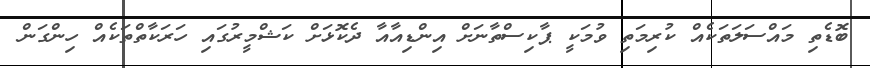
ބޮޑެތި މައްސަލަތަކެއް ކުރިމަތި ވުމަކީ ޕާކިސްތާނަށް އިންޑިއާއާ ދެކޮޅަށް ކަޝްމީރުގައި ހަރަކާތްތަކެއް ހިންގަން